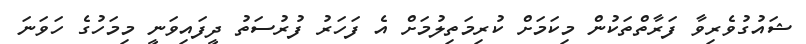
ޝައުގުވެރިވާ ފަރާތްތަކުން މިކަމަށް ކުރިމަތިލުމަށް އެ ފަހަރު ފުރުސަތު ދީފައިވަނީ މިމަހުގެ ހަވަނަ